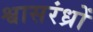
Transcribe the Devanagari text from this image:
श्वासरंध्रों